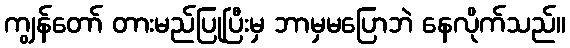
ကျွန်တော် တားမည်ပြုပြီးမှ ဘာမှမပြောဘဲ နေလိုက်သည်။